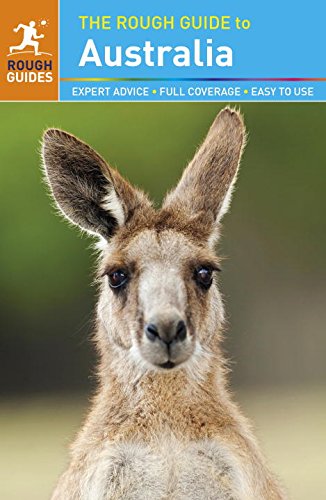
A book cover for The Rough Guide to Australia; Rough Guides; Travel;